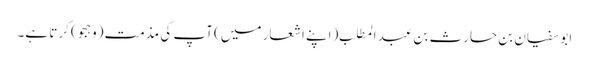
ابو سفیان بن حارث بن عبد المطلب (اپنے اشعار میں) آپ کی مذمت (وہجو) کرتا ہے۔